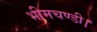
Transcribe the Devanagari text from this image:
भीमचण्डी।